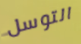
التوسل